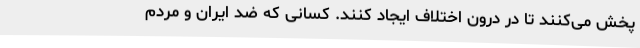
پخش می‌کنند تا در درون اختلاف ایجاد کنند. کسانی که ضد ایران و مردم